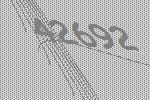
42692